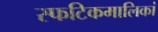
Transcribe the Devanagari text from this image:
स्फटिकमालिकां